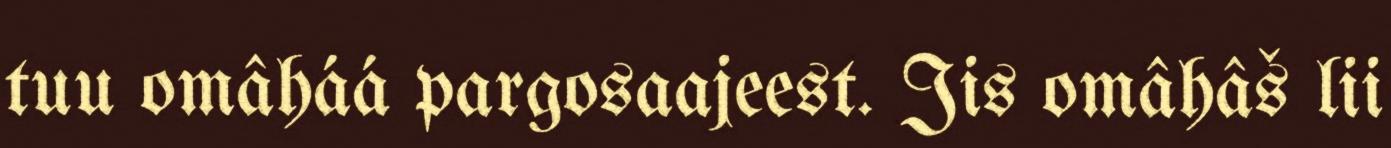
tuu omâháá pargosaajeest. Jis omâhâš lii